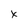
Character: X